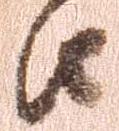
由